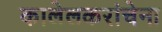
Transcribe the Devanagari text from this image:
कालेलकरांचेना